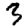
Digit: 3